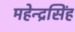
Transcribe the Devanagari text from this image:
महेन्द्रसिंह